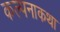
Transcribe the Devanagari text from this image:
कल्पनाकथा